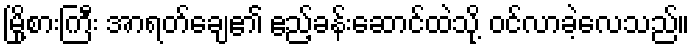
မြို့စားကြီး အာရတ်ချေ၏ ဧည့်ခန်းဆောင်ထဲသို့ ဝင်လာခဲ့လေသည်။